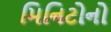
મિનિટોનો